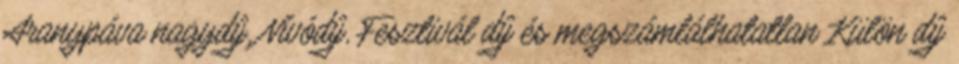
Aranypáva nagydíj, Nívódíj, Fesztivál díj és megszámlálhatatlan Külön díj